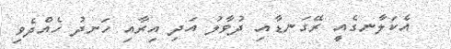
އެކަލާނގެއީ ރޭގަނޑާއި ދުވާލު އަދި އިރާއި ހަނދު ހެއްދެވި